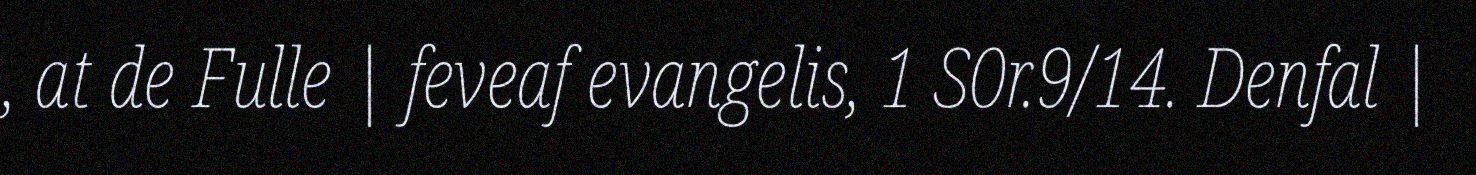
, at de Fulle | feveaf evangelis, 1 S0r.9/14. Denfal |